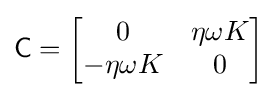
{\mathsf {C}}={\begin{bmatrix}0&\eta \omega K\\-\eta \omega K&0\end{bmatrix}}